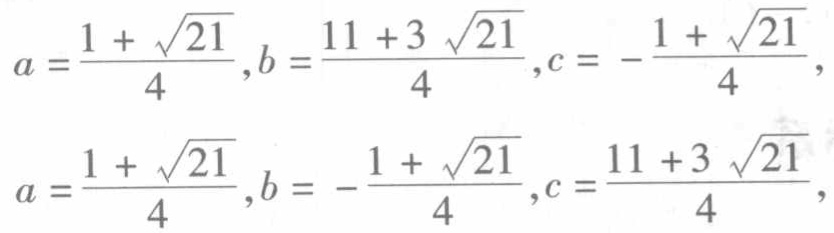
\[
\begin{align*}
a&=\frac{1 + \sqrt{21}}{4},b=\frac{11 + 3\sqrt{21}}{4},c=\frac{-1+\sqrt{21}}{4},\\
a&=\frac{1 + \sqrt{21}}{4},b=\frac{-1+\sqrt{21}}{4},c=\frac{11 + 3\sqrt{21}}{4},
\end{align*}
\]